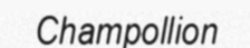
Champollion